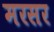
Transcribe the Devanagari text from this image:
मरसर